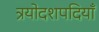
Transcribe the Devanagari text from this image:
त्रयोदशपदियाँ